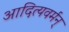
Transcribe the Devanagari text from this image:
आदित्यवर्मन्‌